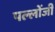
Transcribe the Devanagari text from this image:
पल्लोंजी